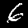
Digit: 6